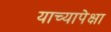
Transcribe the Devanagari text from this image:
याच्यापेक्षा